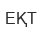
ЕҚТ